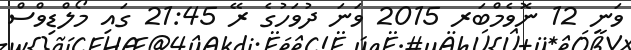
ވަނީ 12 ނޮވެމްބަރ 2015 ވަނަ ދުވަހުގެ ރޭ 21:45 ގައި މޯލްޑިވްސް